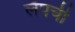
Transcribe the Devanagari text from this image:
लॅपची